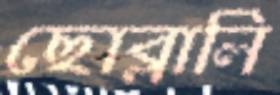
ছোব্‌লালি